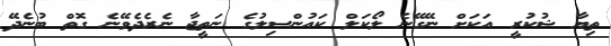
ތިޔާ ޝުކުރީ އަކަށް ނޭގޭނެ ލޯކަލް ކައުންސިލުގެ ނަތީޖާ ނެރެދެވޭނެ ގޮތް ބުނެދޭ